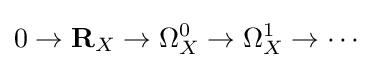
0\to \mathbf {R} _{X}\to \Omega _{X}^{0}\to \Omega _{X}^{1}\to \cdots